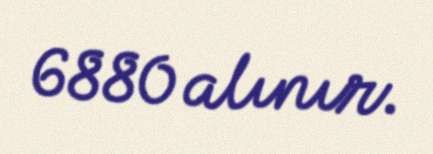
6880 alınır.